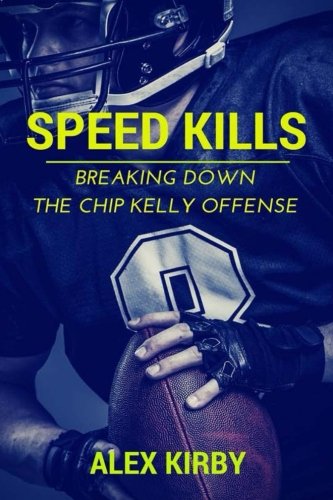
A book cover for Speed Kills: Breaking Down the Chip Kelly Offense; Alex Kirby; Sports & Outdoors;